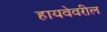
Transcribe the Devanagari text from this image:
हायवेवरील